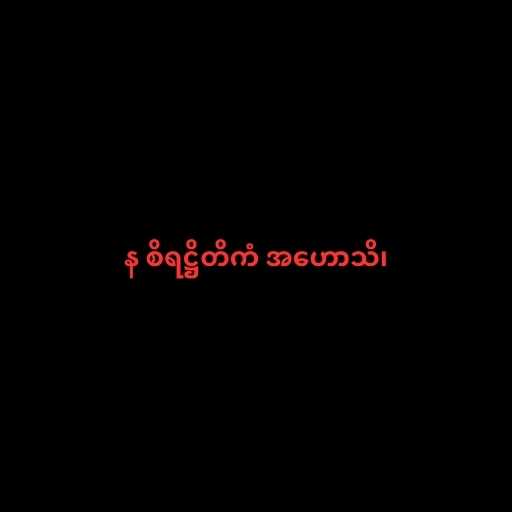
န စိရဋ္ဌိတိကံ အဟောသိ၊